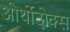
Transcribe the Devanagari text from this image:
ओर्थोदोक्स